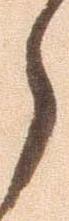
々